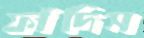
ফাঁদিস